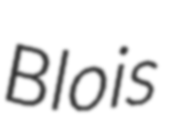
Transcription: Blois